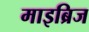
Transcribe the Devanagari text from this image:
माइब्रिज